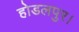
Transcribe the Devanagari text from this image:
होडलपुर।